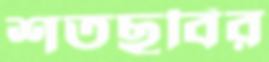
শতছবির